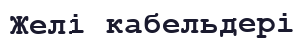
Желі кабельдері